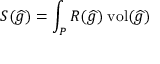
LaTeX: S ( { \widehat { g } } ) = \int _ { P } R ( { \widehat { g } } ) \; { \mathrm { v o l } } ( { \widehat { g } } )